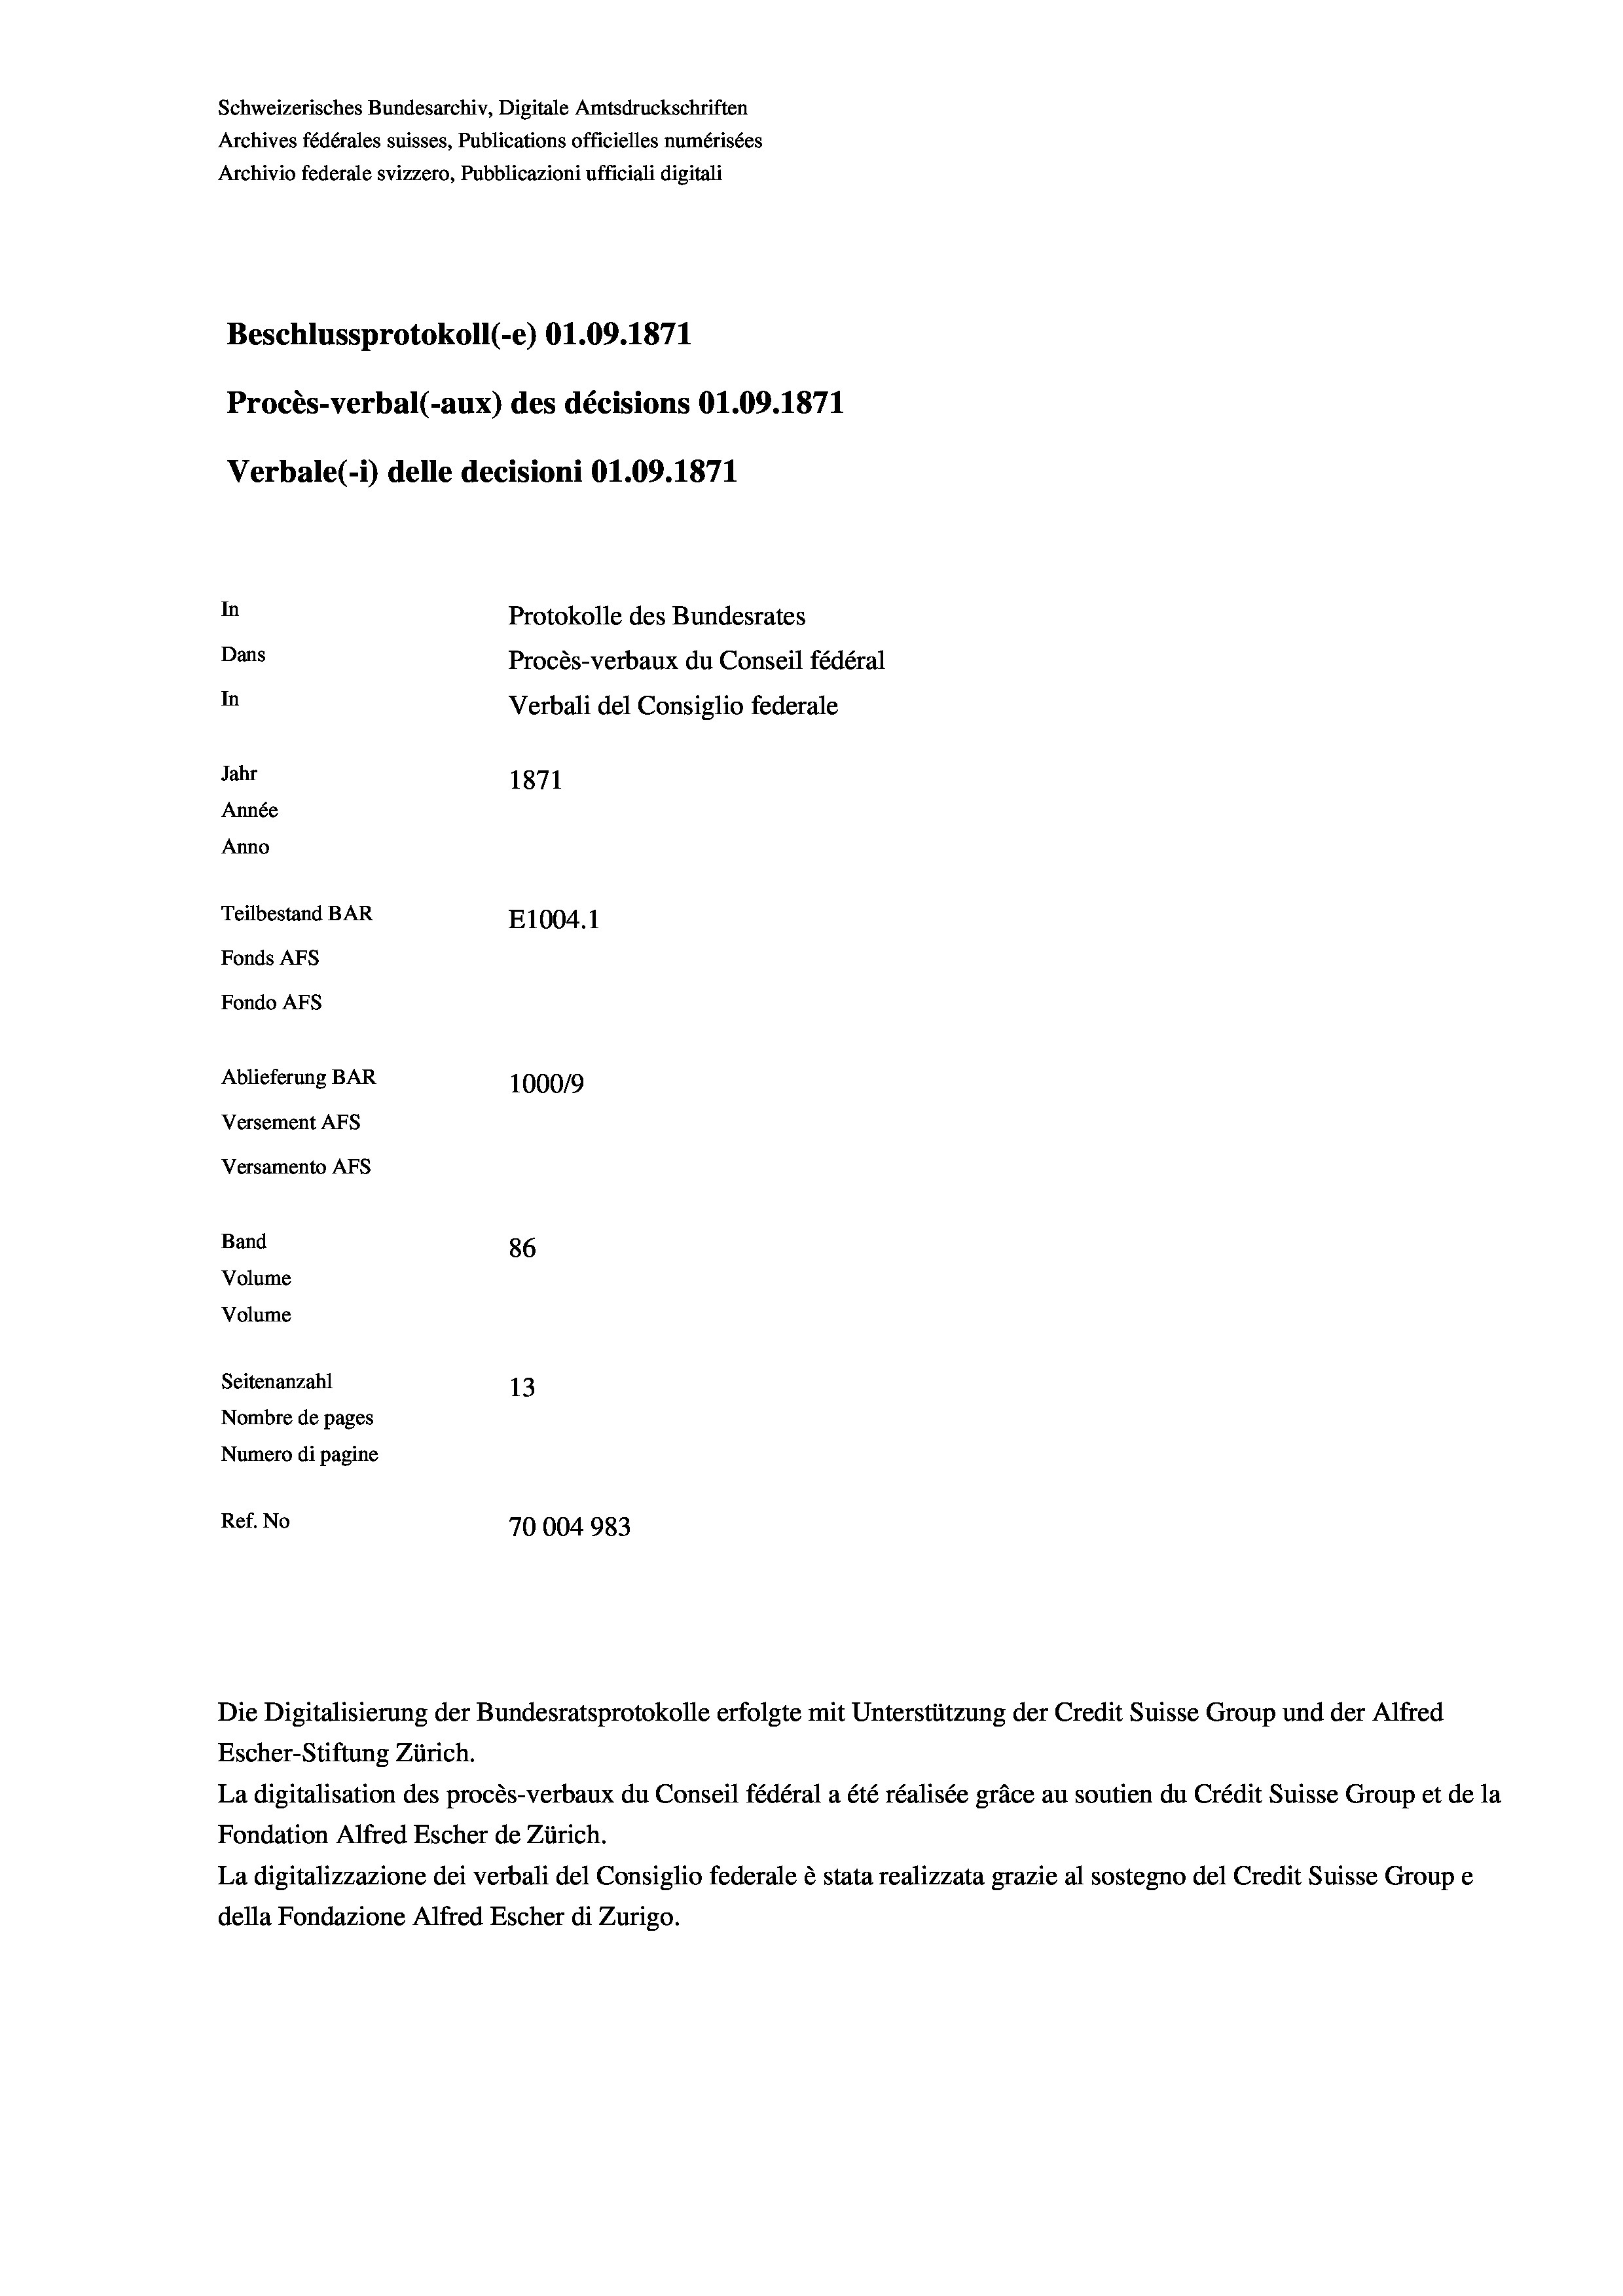
Schweizerisches Bundesarchiv, Digitale Amtsdruckschriften
Archives fédérales suisses, Publications officielles numérisées
Archivio federale svizzero, Pubblicazioni ufficiali digitali
Beschlussprotokoll (-e) 01.09. 1871
Procès-verbal (-aux) des décisions 01.09. 1871
Verbale(-*) delle decisioni O1.09. 1871
In
Protokolle des Bundesrates
Dans
Procès-verbaux du Conseil fédéral
In
Verbali del Consiglio federale
Jahr
1871
Année
Anno
Teilbestand BAR
E1004. 1
Fonds Afs
Fondo Afs
Ablieferung BAR
100019
Versement Abs
Versamento Afs

86
Seitenanzahl
13
Nombre de pages
Numero di pagine
Ref. No
70004983

Band
Volume
Volume

Escher-Stiftung Zürich.
La digitalisation des procès-verbaux du Conseil fédéral a été réalisée gräce au soutien du Crédit Suisse Group et de la
Fondation Alfred Escher de Zürich.
La digitalizzazione dei verbali del Consiglio federale è stata realizzata grazie al sostegno del Credit Suisse Groupe
della Fondazione Alfred Escher di Zurigo.

Die Digitalisierung der Bundesratsprotokolle erfolgte mit Unterstützung der Credit Suisse Group und der Alfred